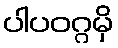
ပါပဝဂ္ဂမှိ